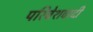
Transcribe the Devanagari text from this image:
परिवेशवादी